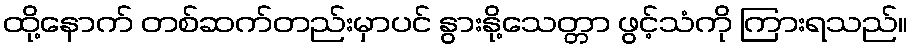
ထို့နောက် တစ်ဆက်တည်းမှာပင် နွားနို့သေတ္တာ ဖွင့်သံကို ကြားရသည်။